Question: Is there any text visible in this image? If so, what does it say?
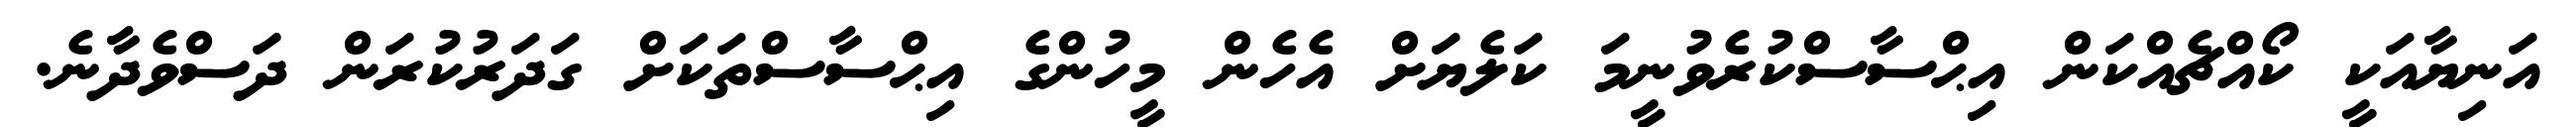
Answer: އަނިޔާއަކީ ކޯއްޗެއްކަން އިޙްސާސްކުރެވުނީމަ ކަލެޔަށް އެހެން މީހުންގެ އިޙްސާސްތަކަށް ގަދަރުކުރަން ދަސްވެދާނެ.